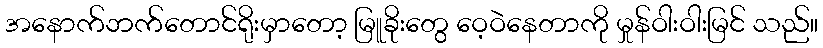
အနောက်ဘက်တောင်ရိုးမှာတော့ မြူခိုးတွေ ဝေ့ဝဲနေတာကို မှုန်ဝါးဝါးမြင် သည်။